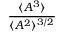
\frac { \langle A ^ { 3 } \rangle } { \langle A ^ { 2 } \rangle ^ { 3 / 2 } }